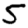
Digit: 5